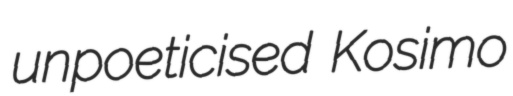
unpoeticised Kosimo